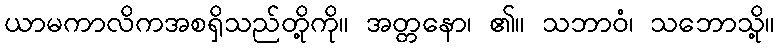
ယာမကာလိကအစရှိသည်တို့ကို။ အတ္တနော၊ ၏။ သဘာဝံ၊ သဘောသို့။